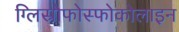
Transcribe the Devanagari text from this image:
ग्लिस्रोफोस्फोकोलाइन